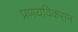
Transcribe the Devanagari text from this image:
प्रणयविकसन